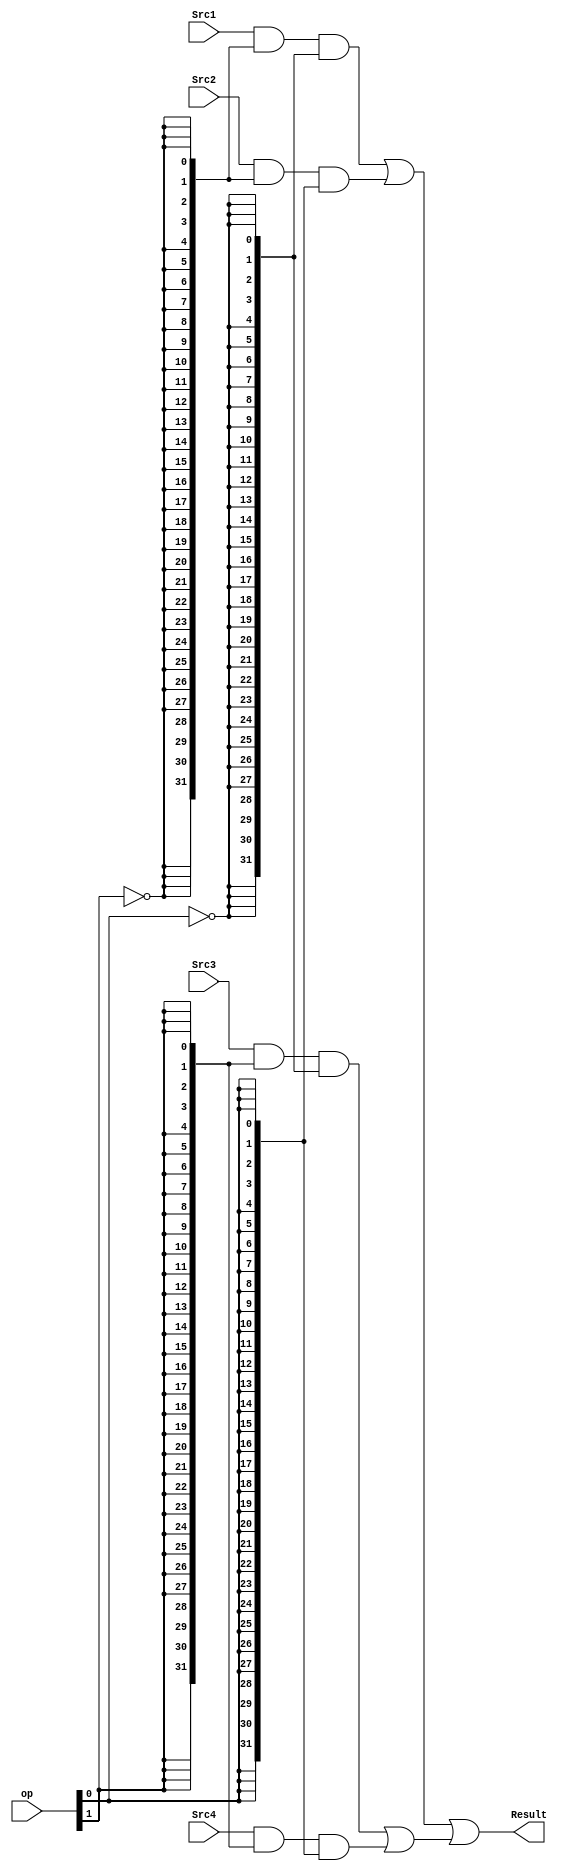
/*----------------------------------------------------------------*
// Description   :  5 pipelined CPU MUX 
// Created Time  :  2017-10-11 21:04:12
// Modified Time :  2017-11-17 17:35:21
//----------------------------------------------------------------*/

`timescale 10ns / 1ns
module MUX_4_32(
    input  [31:0] Src1,
    input  [31:0] Src2,
    input  [31:0] Src3,
    input  [31:0] Src4,
    input  [ 1:0] op,
    output [31:0] Result
  );
    wire [31:0] and1, and2, and3, and4, op1, op1x, op0, op0x;

    assign op1  = {32{ op[1]}};
    assign op1x = {32{~op[1]}};
    assign op0  = {32{ op[0]}};
    assign op0x = {32{~op[0]}};
    assign and1 = Src1   & op1x & op0x;
    assign and2 = Src2   & op1x & op0;
    assign and3 = Src3   & op1  & op0x;
    assign and4 = Src4   & op1  & op0;

    assign Result = (and1 | and2) | (and3 | and4);

endmodule // MUX_4_32